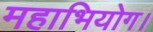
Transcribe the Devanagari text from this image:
महाभियोग।